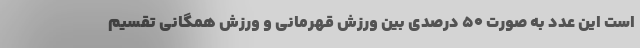
است این عدد به صورت ۵۰ درصدی بین ورزش قهرمانی و ورزش همگانی تقسیم